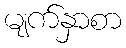
မျက်နှာစာ